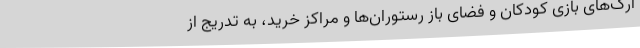
ارک‌های بازی کودکان و فضای باز رستوران‌ها و مراکز خرید، به تدریج از